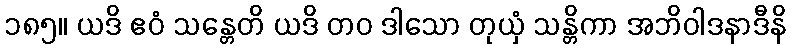
၁၈၅။ ယဒိ ဧဝံ သန္တေတိ ယဒိ တဝ ဒါသော တုယှံ သန္တိကာ အဘိဝါဒနာဒီနိ